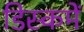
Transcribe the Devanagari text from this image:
डिस्कमें